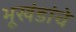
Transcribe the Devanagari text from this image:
भूखंडांचे